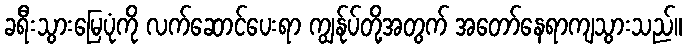
ခရီးသွားမြေပုံကို လက်ဆောင်ပေးရာ ကျွန်ုပ်တို့အတွက် အတော်နေရာကျသွားသည်။